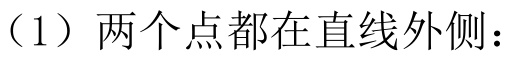
（1）两个点都在直线外侧：